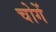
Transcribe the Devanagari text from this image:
चोगें